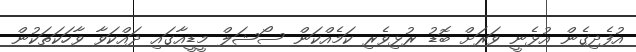
އުފެދިގެން އުޅެނީ ވަރަށް ބޮޑު ރުޅިވެރި ކަމެއްކަން ސޯޝަލް މީޑީއާގައި ދައްކަވާ ވާހަކަތަކުން